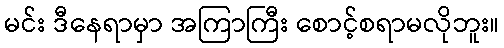
မင်း ဒီနေရာမှာ အကြာကြီး စောင့်စရာမလိုဘူး။